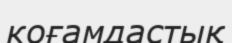
коғамдастық